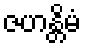
ဇဟန္တိမံ